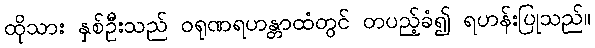
ထိုသား နှစ်ဦးသည် ဝရုဏရဟန္တာထံတွင် တပည့်ခံ၍ ရဟန်းပြုသည်။